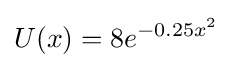
U(x)=8e^{-0.25x^{2}}